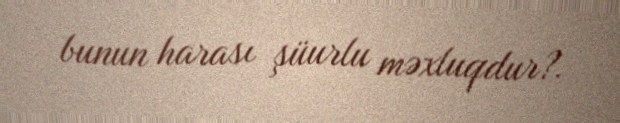
bunun harası şüurlu məxluqdur?.